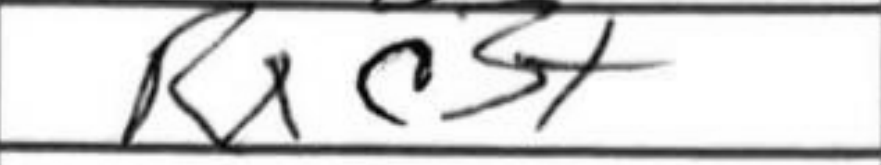
Transcription: Rxc3+